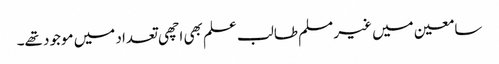
سامعین میں غیر مسلم طالب علم بھی اچھی تعداد میں موجود تھے۔